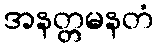
အနတ္တမနတံ